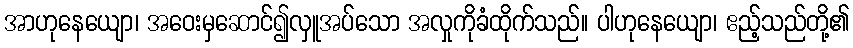
အာဟုနေယျော၊ အဝေးမှဆောင်၍လှူအပ်သော အလှုကိုခံထိုက်သည်။ ပါဟုနေယျော၊ ဧည့်သည်တို့၏